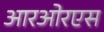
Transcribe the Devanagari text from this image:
आरओरएस